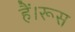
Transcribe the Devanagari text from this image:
हैं।रूस